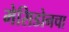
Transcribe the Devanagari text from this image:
मेसिडोनचा